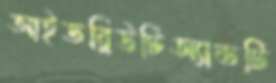
আইডব্লিউটিঅ্যান্ডটি